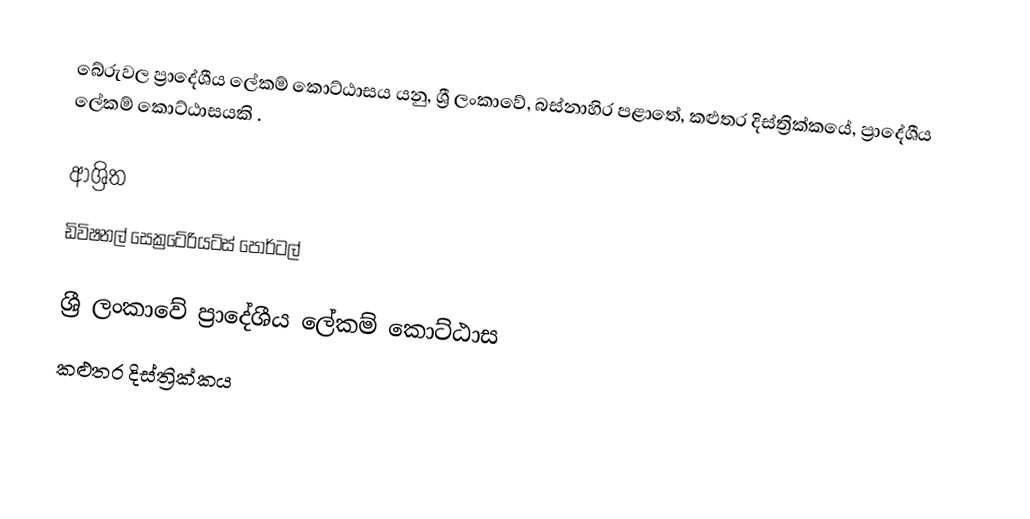
බේරුවල ප්‍රාදේශීය ලේකම් කොට්ඨාසය යනු,  ශ්‍රී ලංකාවේ, බස්නාහිර පළාතේ,   කළුතර දිස්ත්‍රික්කයේ, ප්‍රාදේශීය ලේකම් කොට්ඨාසයකි .

ආශ්‍රිත
 ඩිවිෂනල් සෙක්‍රටේරියට්ස් පෝර්ටල්

ශ්‍රී ලංකාවේ ප්‍රාදේශීය ලේකම් කොට්ඨාස
කළුතර දිස්ත්‍රික්කය